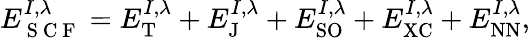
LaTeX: E_{\mathrm{~S~C~F~}}^{I,\lambda}=E_{\textrm{T}}^{I,\lambda}+E_{\textrm{J}}^{I,\lambda}+E_{\textrm{SO}}^{I,\lambda}+E_{\textrm{XC}}^{I,\lambda}+E_{\textrm{NN}}^{I,\lambda},